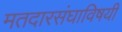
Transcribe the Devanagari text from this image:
मतदारसंघाविषयी